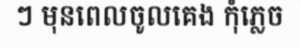
ៗ មុនពេលចូលគេង កុំភ្លេច